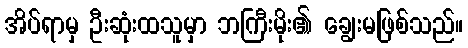
အိပ်ရာမှ ဦးဆုံးထသူမှာ ဘကြီးမိုး၏ ချွေးမဖြစ်သည်။